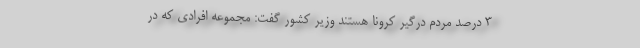
۳ درصد مردم درگیر کرونا هستند وزیر کشور گفت: مجموعه افرادی که در